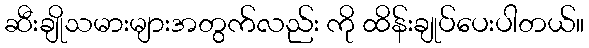
ဆီးချိုသမားများအတွက်လည်း ကို ထိန်းချုပ်ပေးပါတယ်။